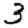
Digit: 3